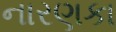
નારણકા